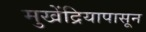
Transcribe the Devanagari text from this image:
मुखेंद्रियापासून